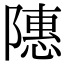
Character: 䧥